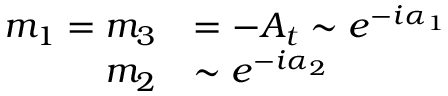
\begin{array} { r l } { { m _ { 1 } = m _ { 3 } } } & { { = - A _ { t } \sim e ^ { - i \alpha _ { 1 } } } } \\ { { m _ { 2 } } } & { { \sim e ^ { - i \alpha _ { 2 } } } } \end{array}